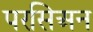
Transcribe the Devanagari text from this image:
परसिअन